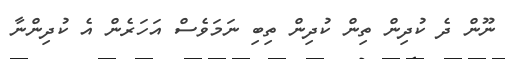
ނޫން ދެ ކުދިން ތިން ކުދިން ތިބި ނަމަވެސް އަހަރެން އެ ކުދިންނާ